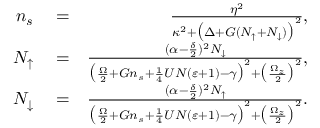
\begin{array} { r l r } { n _ { s } } & { { } = } & { \frac { \eta ^ { 2 } } { \kappa ^ { 2 } + \big ( \Delta + G ( N _ { \uparrow } + N _ { \downarrow } ) \big ) ^ { 2 } } , } \\ { N _ { \uparrow } } & { { } = } & { \frac { ( \alpha - \frac { \delta } { 2 } ) ^ { 2 } N _ { \downarrow } } { \big ( \frac { \Omega } { 2 } + G n _ { s } + \frac { 1 } { 4 } U N ( \varepsilon + 1 ) - \gamma \big ) ^ { 2 } + \big ( \frac { \Omega _ { z } } { 2 } \big ) ^ { 2 } } , } \\ { N _ { \downarrow } } & { { } = } & { \frac { ( \alpha - \frac { \delta } { 2 } ) ^ { 2 } N _ { \uparrow } } { \big ( \frac { \Omega } { 2 } + G n _ { s } + \frac { 1 } { 4 } U N ( \varepsilon + 1 ) - \gamma \big ) ^ { 2 } + \big ( \frac { \Omega _ { z } } { 2 } \big ) ^ { 2 } } . } \end{array}